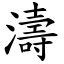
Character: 濤